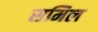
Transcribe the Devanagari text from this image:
समिल